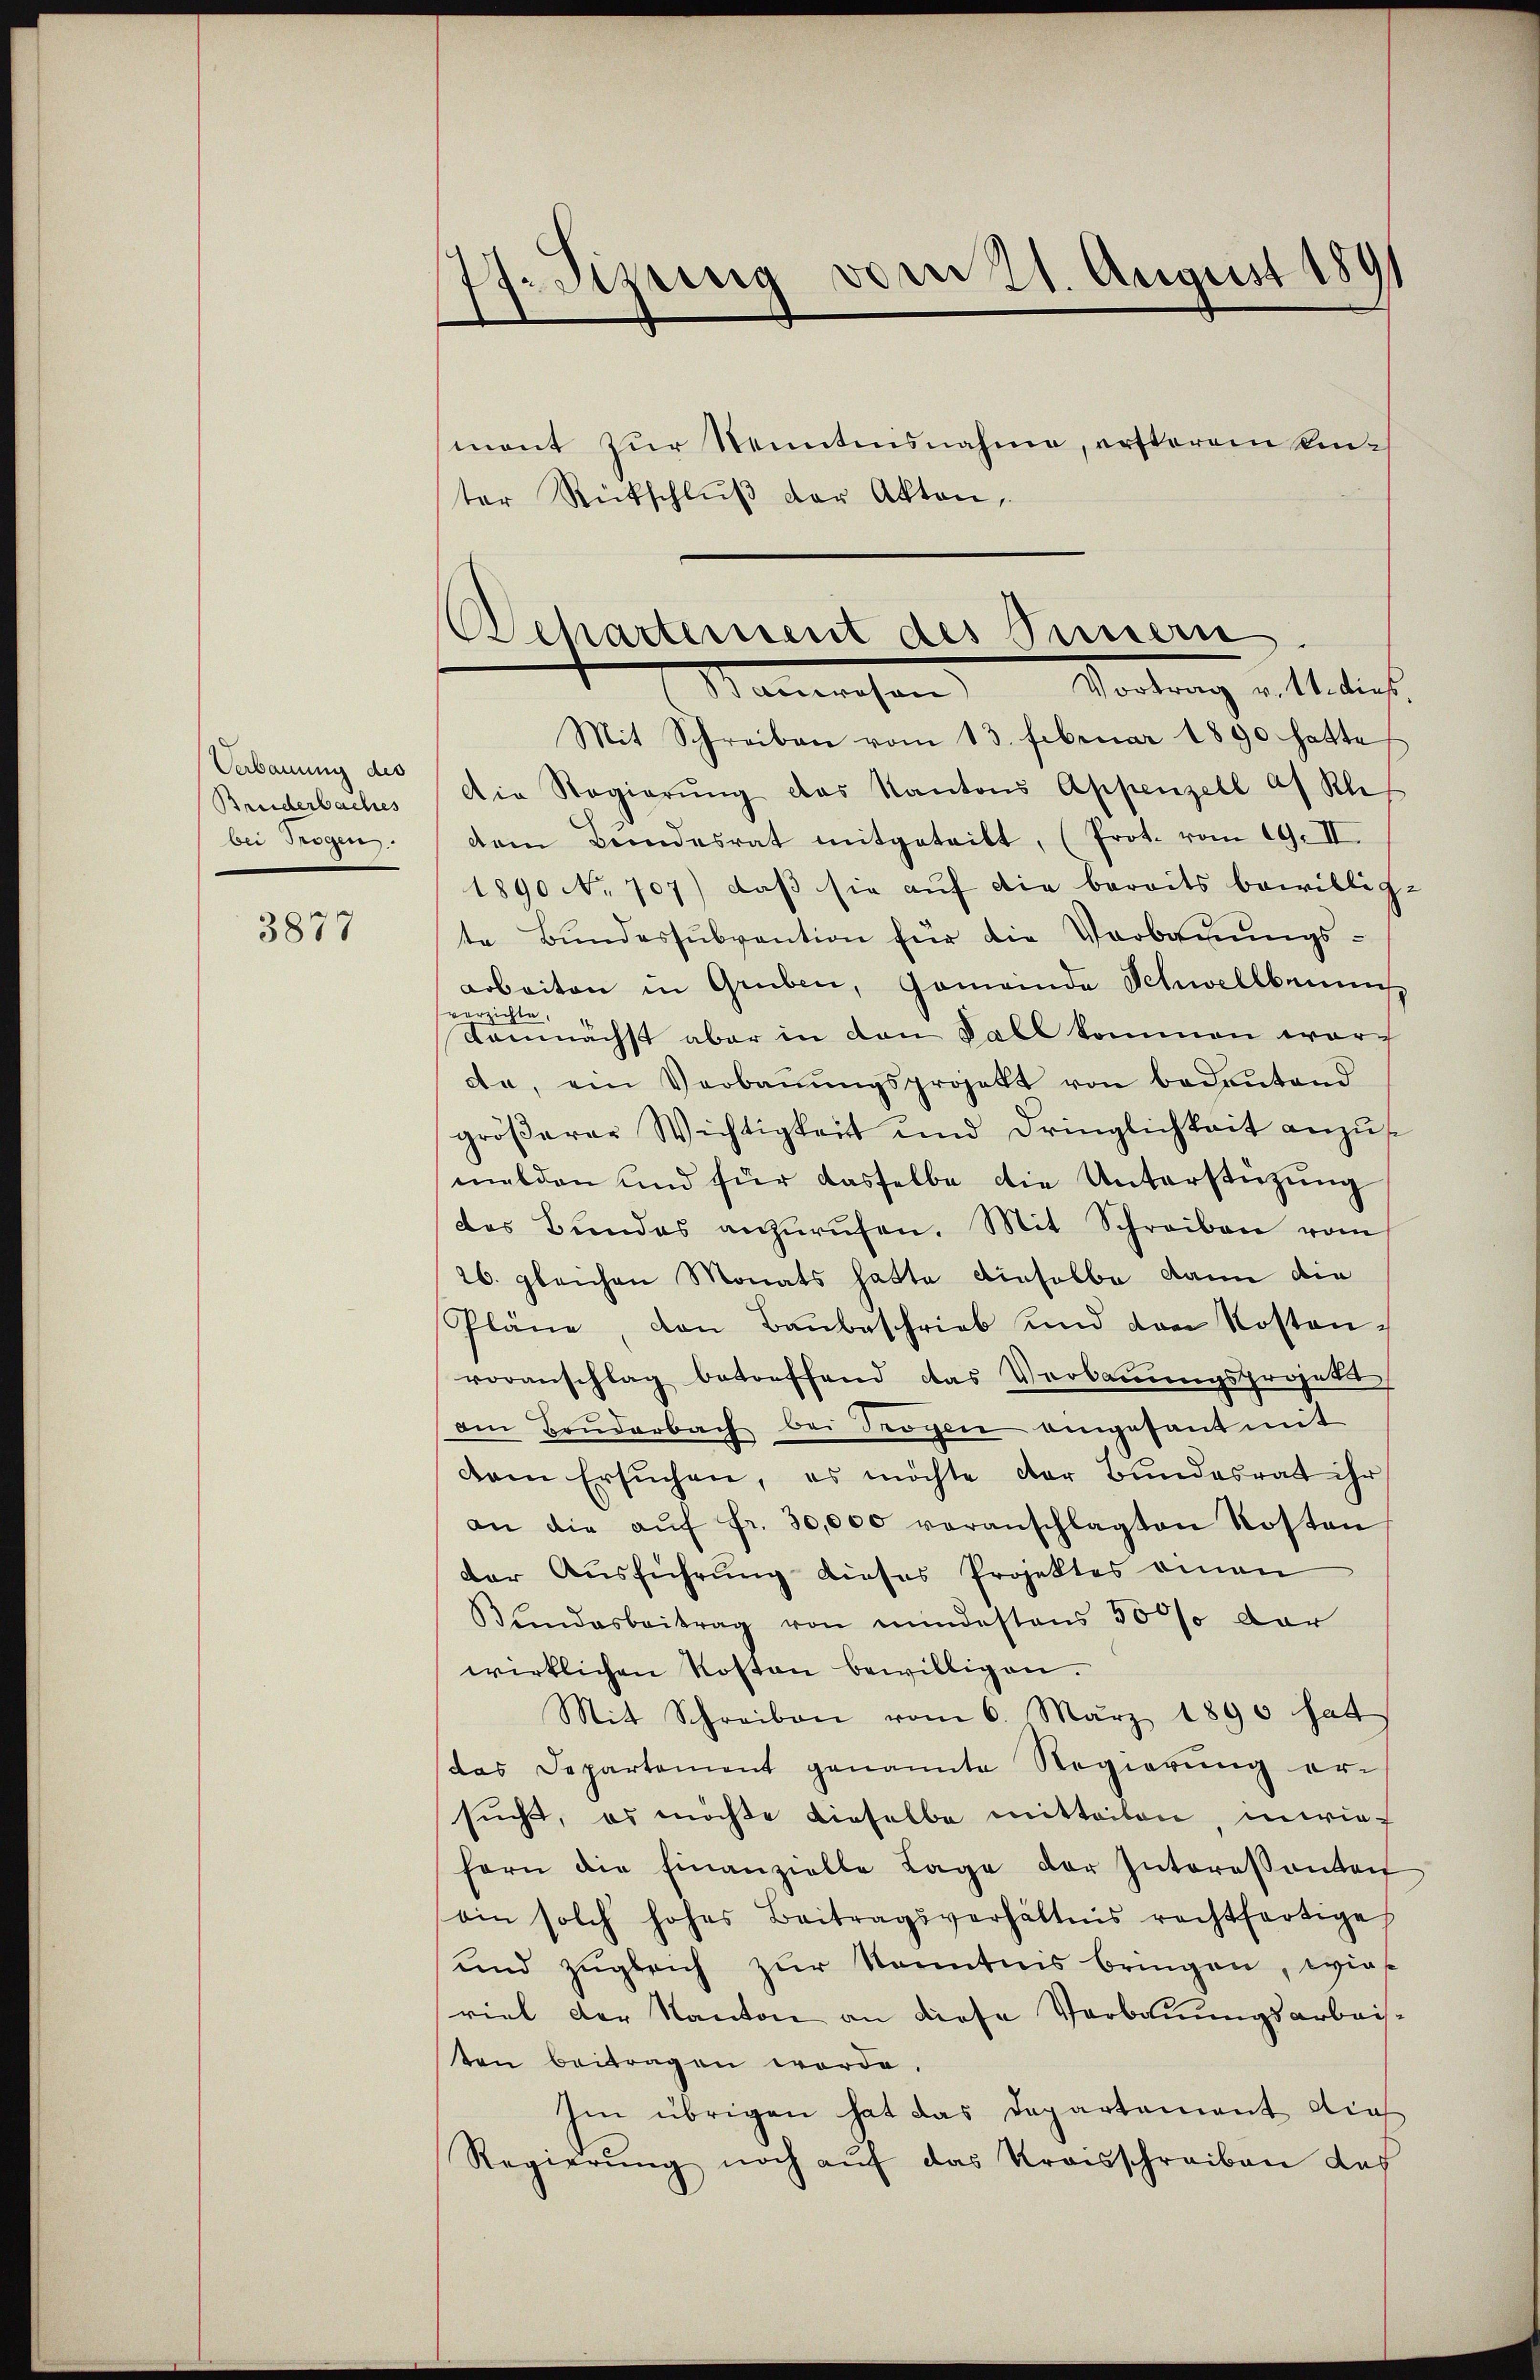
Verbauung des
Bruderbaches
bei Trogen.

3877

18. Sisung vom 21. August 1891

Departement des Sinnern
Vortrag v. 11. dieß
Manwesen

ter Rückschlŭβ der Akten,
Mit Schreiben vom 13. Februar 1890 hatte
Die Regierŭng das Kantons Appenzell af Sch
dem Bundesrat mitgeteilt, (Prot. vom 19. II.
1890 No. 707) daβ sie aŭf die bereits bewillig.
te Bŭndessŭbvention für die Verbaŭŭngs-
arbeiten in Gruben, Gemeinde Schwellbauens
verzichte
demnächst aber in den Fall kommen worda, ein Verbaŭŭngsprojekt von bedeŭtend
gröβerer Wichtigkeit und dringlichkeit anzŭ-
melden und für dasselbe die Unterstützŭng
des Bundes anzurufen. Mit Schreiben vom
26. gleichen Monats hatte dieselbe dann die
Pläne von Baubeschrieb und den Kostenvoranschlag betreffend das Verbaŭŭngsprojekt
den Brŭderbach bei Trögen eingesant mit
dem ersŭchen, es möchte der Bundesrat ihr
an die aŭf fr. 30,000 veranschlagten Kosten
der Ausführung dieses Projektes einen
Bundesbeitrag von mindestens 50 % der
wirklichen Kosten bewilligen.
Mit Schreiben vom 6. März 1890 hat
das Departement genannte Regierŭng er-
sucht, es möchte dieselbe mitteilen, unrief
forn die Finanzielle Lage der Interessanten
ain solch hohes Beitragsverhältnis rechtfertige
und zugleich zur Kenntnis bringen, wie
viel der Kanton an diese Verbauungsarbeiten beitragen worde.
Im übrigen hat das Departement dies
Regierŭng noch aŭf das Kraisschreiben das

mant zur Nenntnisnahme, ersterem Kin¬